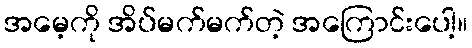
အမေ့ကို အိပ်မက်မက်တဲ့ အကြောင်းပေါ့။